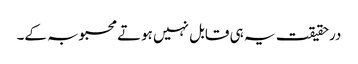
درحقیقت یہ ہی قابل نہیں ہوتے محبوبہ کے۔